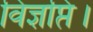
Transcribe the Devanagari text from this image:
विज्ञप्ति।